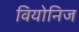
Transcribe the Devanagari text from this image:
वियोनिज